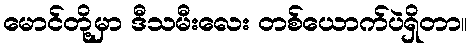
မောင်တို့မှာ ဒီသမီးလေး တစ်ယောက်ပဲရှိတာ။